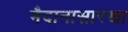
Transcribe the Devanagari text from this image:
मैदानासारखा